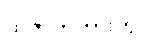
ထိုဇာတ်ကားတွင်